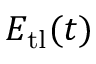
E _ { \mathrm { t l } } ( t )